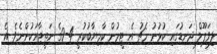
ލިވަޕޫލް ދަނޑުގައި ކުޅުނު މެޗު އެ ޓީމުން ކާމިޔާބުކުރީ 4-0ގެ ނަތީޖާއަކުންނެވެ. އެ